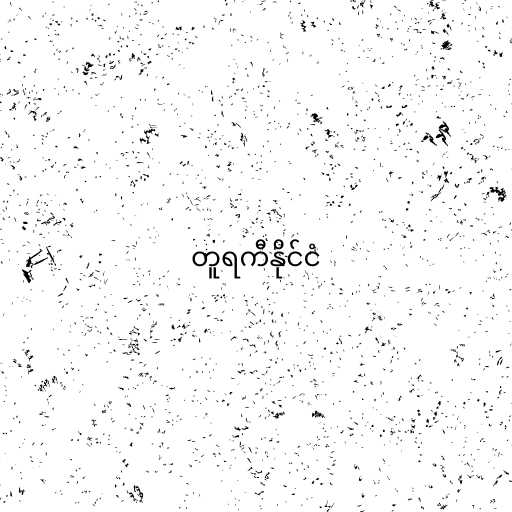
တူရကီနိုင်ငံ